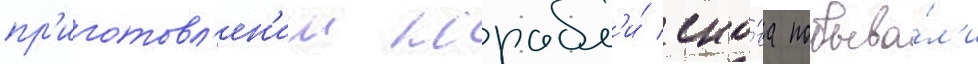
пр'иготовл'ен'ии корабл'и́ сно́ва побыва́л'и